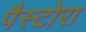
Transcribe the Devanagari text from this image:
पैस्टोरा